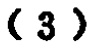
\((3)\)